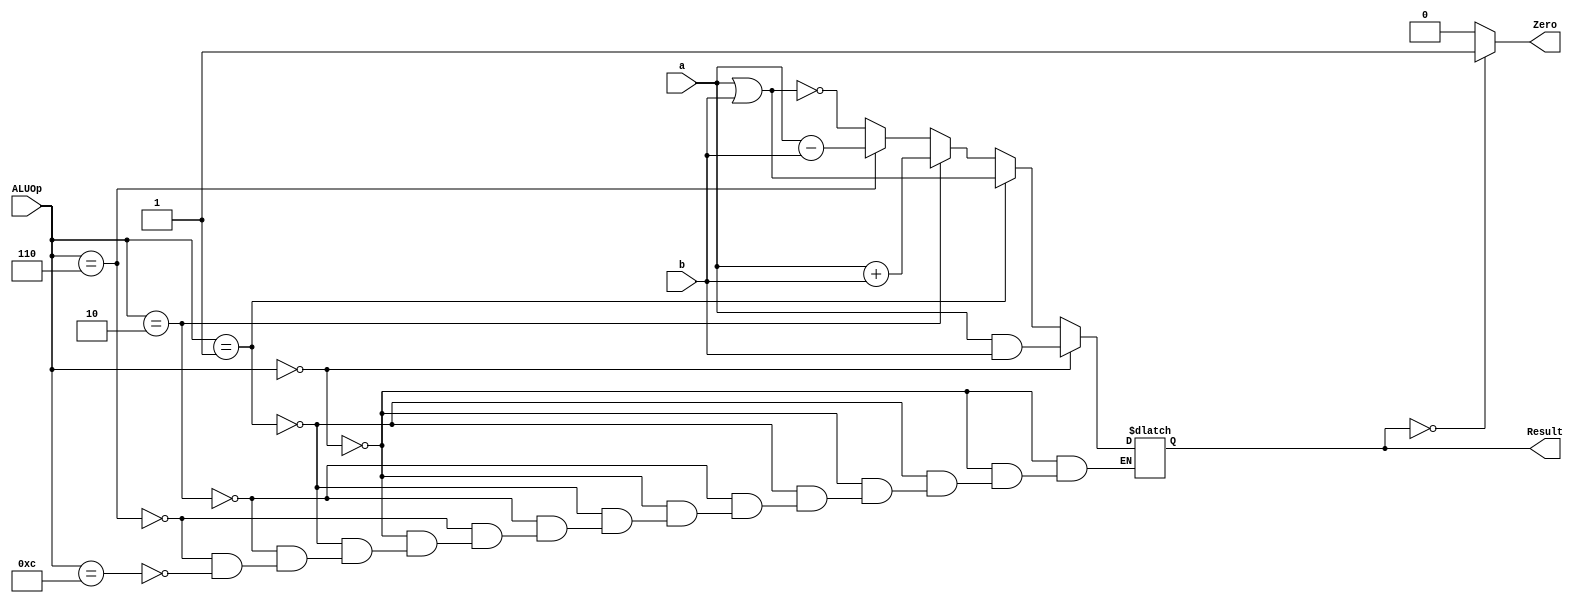
module ALU_64_bit (
  input [63:0]a, b,
  input [3:0] ALUOp,
  output reg [63:0]  Result, 
  output Zero
);
  
  always @ (a or b or ALUOp)
    begin
      if (ALUOp == 4'b0000)
        Result = a & b;
      else if (ALUOp == 4'b0001)
        Result = a | b;
      else if (ALUOp == 4'b0010)
        Result = a + b;
      else if (ALUOp == 4'b0110)
        Result = a - b;
      else if (ALUOp == 4'b1100)
        Result = ~(a | b);
    end
  
  assign Zero = (Result == 0) ? 1'b1 : 1'b0;
  
endmodule